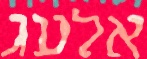
אלעג